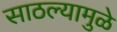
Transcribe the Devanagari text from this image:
साठल्यामुळे